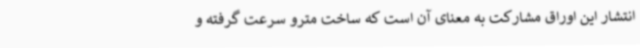
انتشار این اوراق مشارکت به معنای آن است که ساخت مترو سرعت گرفته و